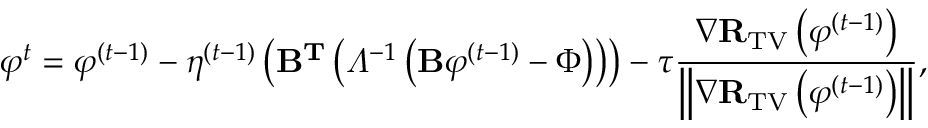
\small { \varphi } ^ { t } = { \varphi } ^ { ( t - 1 ) } - \eta ^ { ( t - 1 ) } \left( \mathbf { B } ^ { \mathbf { T } } \left( \varLambda ^ { - 1 } \left( \mathbf { B } { \varphi } ^ { ( t - 1 ) } - \Phi \right) \right) \right) - \tau \frac { \nabla \mathbf { R } _ { \mathrm { T V } } \left( { \varphi } ^ { ( t - 1 ) } \right) } { \left\| \nabla \mathbf { R } _ { \mathrm { T V } } \left( { \varphi } ^ { ( t - 1 ) } \right) \right\| } ,